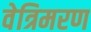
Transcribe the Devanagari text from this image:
वेत्रिमरण